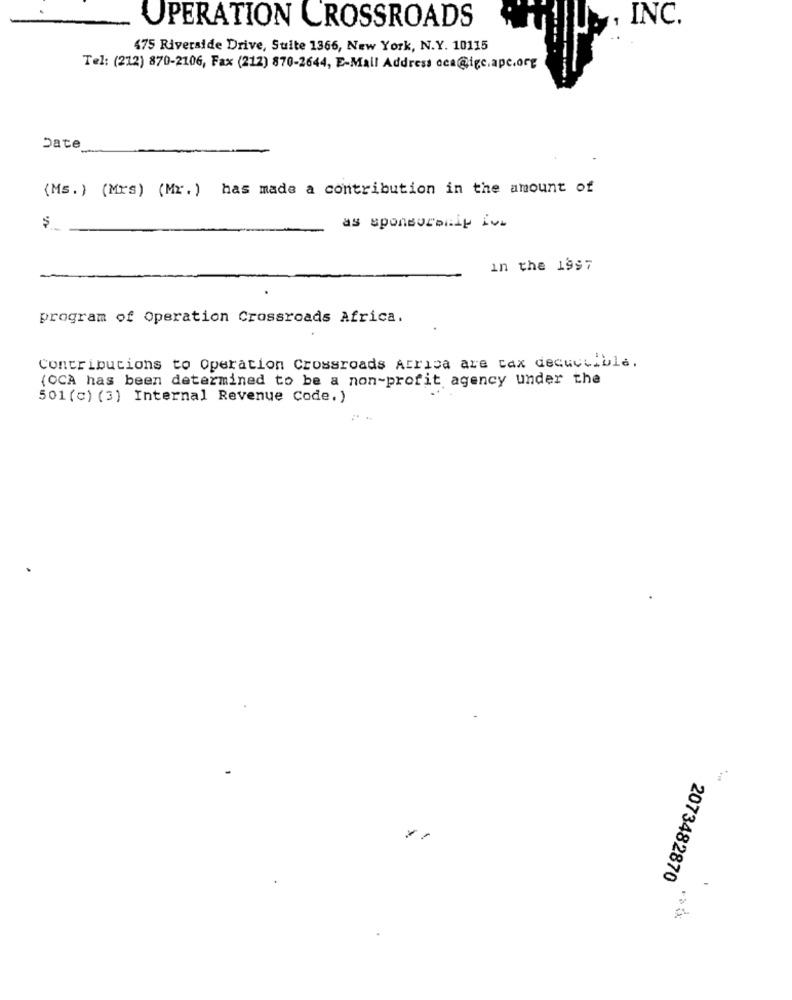
OPERATION CROSSROADS
INC.
475 Riverside Drive, Suite 1366, New York, N.Y. 10115
Tel: (212) 870-2106, Fax (212) 870-2644, E-Mail Address oca@igc.apc.org
Date
(Ms.) (Mrs) (Mr.) has made a contribution in the amount of
as sponsorship iv
in the 1997
program of Operation Crossroads Africa.
Contributions to Operation Crossroads Atrica are tax deductible.
(OCA has been determined to be a non-profit agency under the
501 (c) (3) Internal Revenue Code.)
2073482870